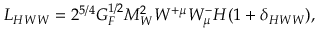
{ \cal L } _ { H W W } = 2 ^ { 5 / 4 } G _ { F } ^ { 1 / 2 } M _ { W } ^ { 2 } W ^ { + \mu } W _ { \mu } ^ { - } H ( 1 + \delta _ { H W W } ) ,